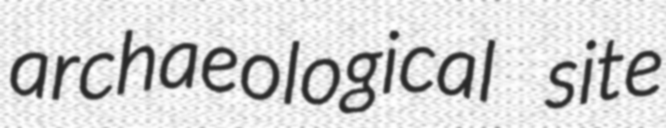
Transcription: archaeological site